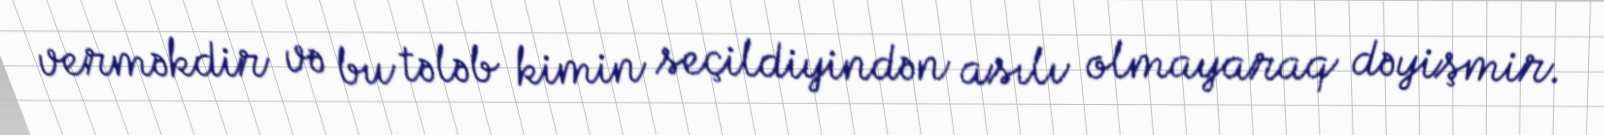
verməkdir və bu tələb kimin seçildiyindən asılı olmayaraq dəyişmir.